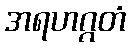
အရဟဂ္ဂတံ